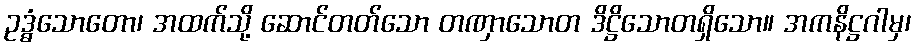
ဥဒ္ဓံသောတော၊ အထက်သို့ ဆောင်တတ်သော တဏှာသောတ ဒိဋ္ဌိသောတရှိသော။ အကနိဋ္ဌဂါမှ၊